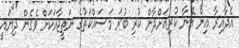
އެދާއިރާ އިން އޭނާ ކުރިއަށްދާން ކުރި ބުރަ މަސައްކަތުގެ ނަތީޖާއަކަށް ވެގެން ދިޔައީ